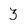
Character: 3